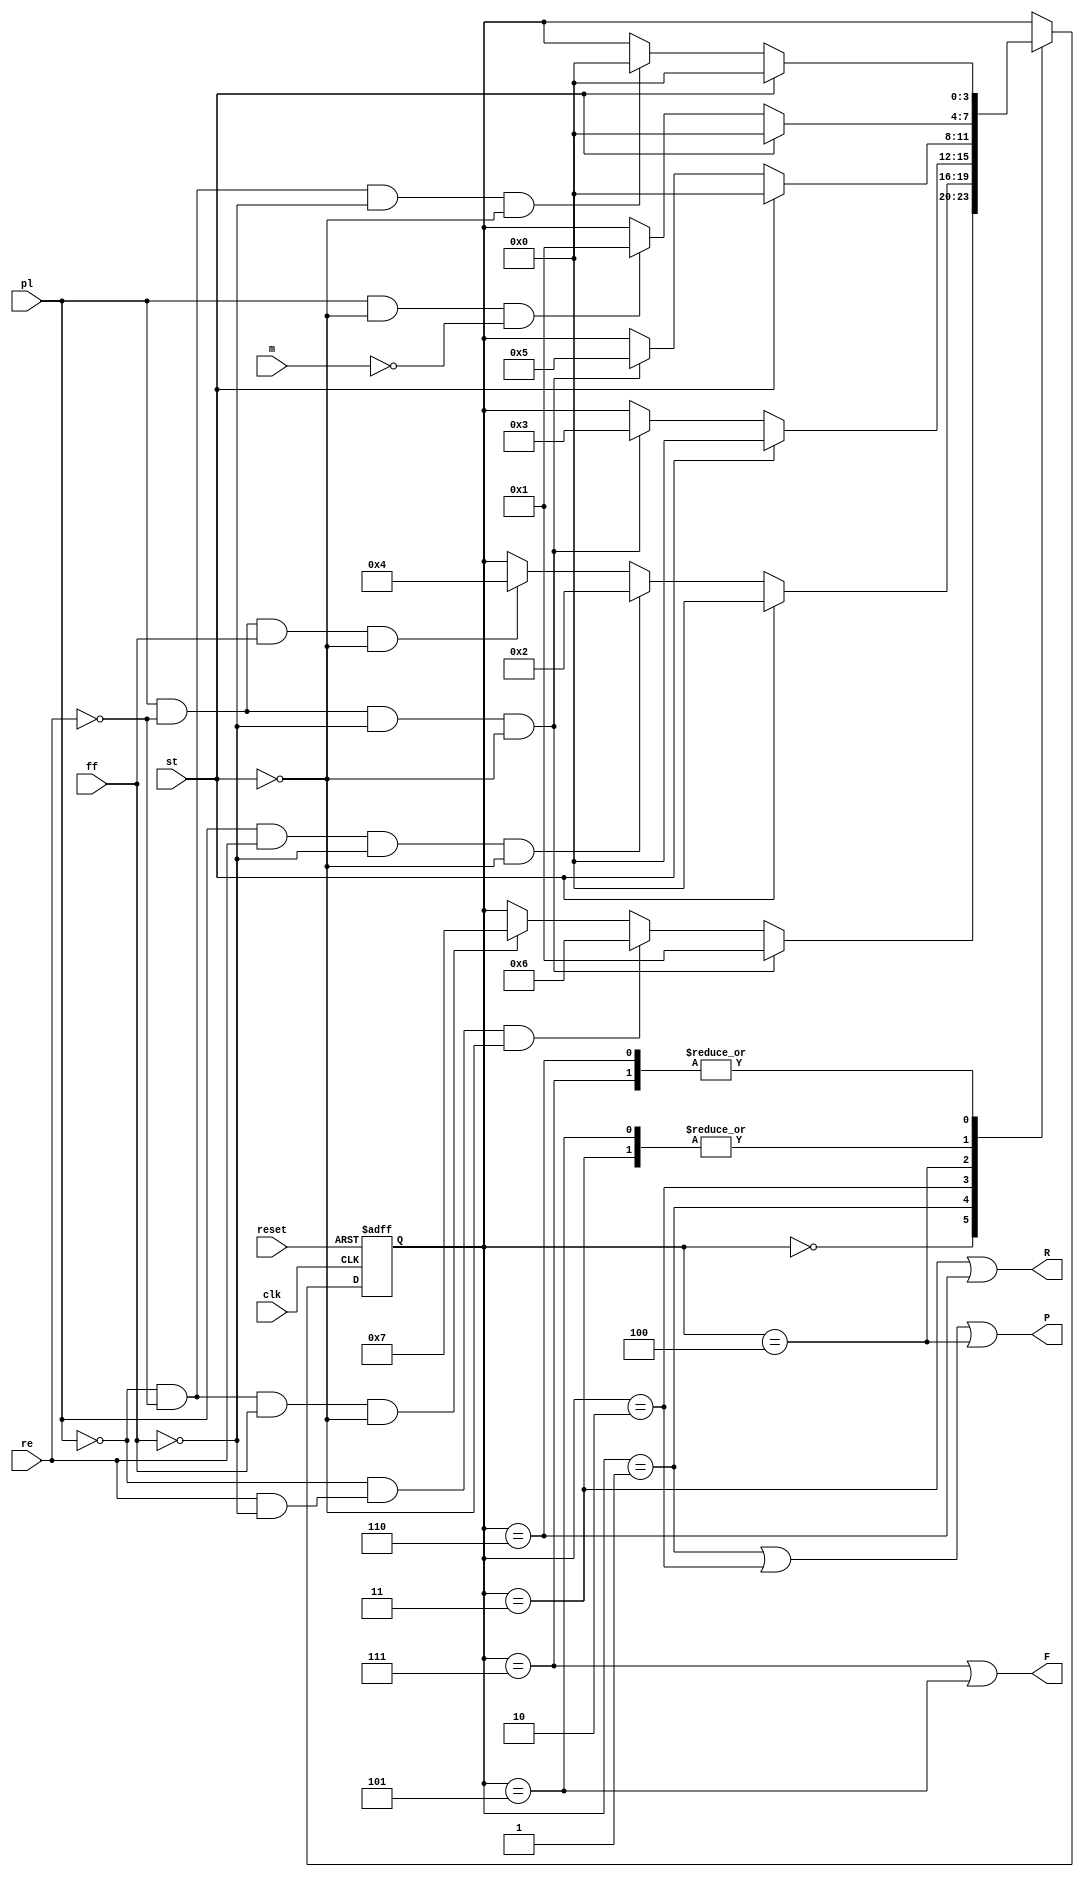
`timescale 1ns / 1ps
//////////////////////////////////////////////////////////////////////////////////
// Company: 
// Engineer: 
// 
// Design Name: 
// Module Name: visor
// Project Name: 
// Target Devices: 
// Tool Versions: 
// Description: 
// 
// Dependencies: 
// 
// Revision:
// Revision 0.01 - File Created
// Additional Comments:
// 
//////////////////////////////////////////////////////////////////////////////////


module visor(
  input pl, re, ff, st, m, clk, reset,
  output P, R, F
  );

reg [3:0] state, next;

// Sates
parameter S0 = 3'b000;
parameter S1 = 3'b001;
parameter S2 = 3'b010;
parameter S3 = 3'b011;
parameter S4 = 3'b100;
parameter S5 = 3'b101;
parameter S6 = 3'b110;
parameter S7 = 3'b111;

// Next state logic
always @(*) begin
  next = state;

  case (state)
    S0: begin
      if (pl && !re && !ff && !st) next = S1;
      else if (!pl && re & !ff && !st) next = S6;
      else if (!pl && !re && ff && !st) next = S7;
    end

    S1: begin
      if (st) next = S0;
      else if (pl && re && !ff && !st) next = S2;
      else if (pl && !re && ff && !st) next = S4;
    end

    S2: begin
      if (st) next = S0;
      else if (pl && !re && !ff && !st) next = S3;
    end

    S3: begin
      if (st) next = S0;
      else if (pl && !st && ~m) next = S1;
    end

    S4: begin
      if (st) next = S0;
      else if (pl && !re && !ff && !st) next = S5;
    end

    S5: begin
      if (st) next = S0;
      else if (pl && !st && ~m) next = S1;
    end

    S6: begin
      if (st) next = S0;
      else if (!pl && !re && !ff && !st) next = S0;
    end

    S7: begin
      if (st) next = S0;
      else if (!pl && !re && !ff && !st) next = S0;
    end
  endcase
end

// register
always @(posedge clk, posedge reset)
begin
  if (reset) state <= S0;
  else state <= next;
end

// Output logic
assign P = (state == S1) | (state == S2) | (state == S4);
assign R = (state == S3) | (state == S6);
assign F = (state == S7) | (state == S5);

endmodule